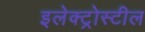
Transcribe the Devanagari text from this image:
इलेक्ट्रोस्टील